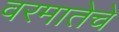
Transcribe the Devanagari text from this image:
वरमातेचे